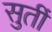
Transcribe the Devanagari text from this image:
सुतीं